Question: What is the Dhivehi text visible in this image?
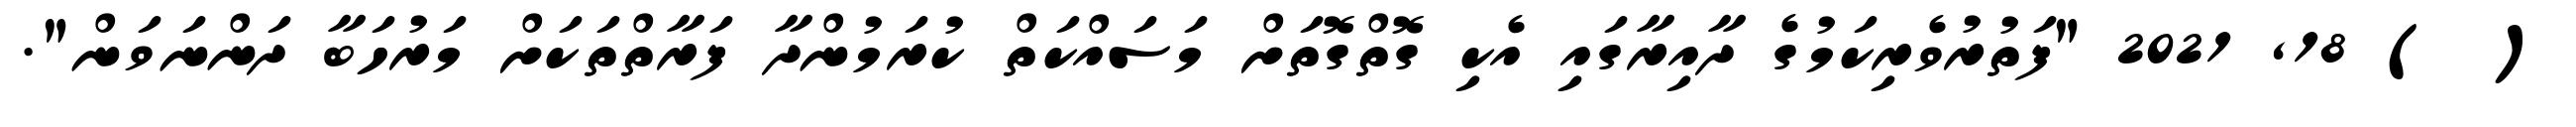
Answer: ( ) 18, 2021 "ފަތުރުވެރިކަމުގެ ދާއިރާގައި އެކި ގޮތްގޮތަށް މަސައްކަތް ކުރަމުންދާ ފަރާތްތަކަށް މަރުހަބާ ދަންނަވަން".